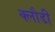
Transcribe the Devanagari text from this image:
क्लौडी